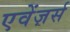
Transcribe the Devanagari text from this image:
एवेंज़र्स